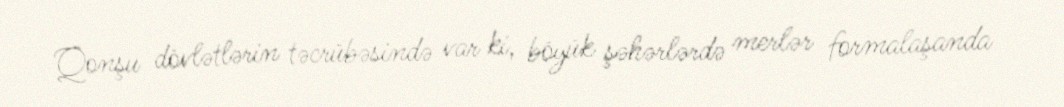
Qonşu dövlətlərin təcrübəsində var ki, böyük şəhərlərdə merlər formalaşanda